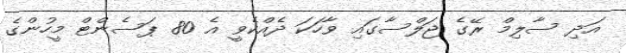
އަދި ސާލިމް ރޭގެ ޖަލްސާގައި ވާހަކަ ދެއްކެވީ އެ 80 ޕަސެންޓް މީހުންގެ